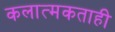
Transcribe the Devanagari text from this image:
कलात्मकताही